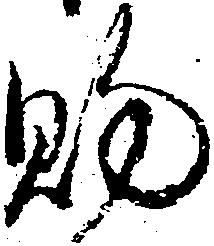
賜